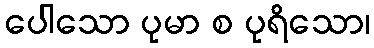
ပေါသော ပုမာ စ ပုရိသော၊